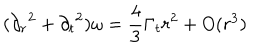
LaTeX: ( { \partial _ { r } } ^ { 2 } + { \partial _ { t } } ^ { 2 } ) \omega = \frac { 4 } { 3 } \Gamma _ { t } r ^ { 2 } + O ( r ^ { 3 } )